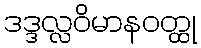
ဒဒ္ဒလ္လဝိမာနဝတ္ထု